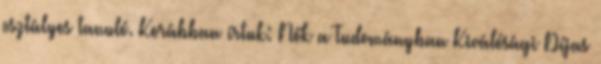
osztályos tanuló. Korábban írtuk: Nők a Tudományban Kiválósági Díjas